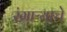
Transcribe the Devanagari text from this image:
रंगाऱ्याचे